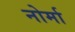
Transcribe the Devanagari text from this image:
नोर्मा